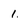
Character: 1